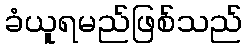
ခံယူရမည်ဖြစ်သည်